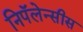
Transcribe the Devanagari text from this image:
निपॅलेन्सीस